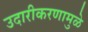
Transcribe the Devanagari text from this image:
उदारीकरणामुळे